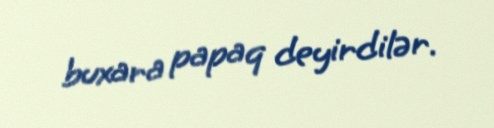
buxara papaq deyirdilər.